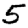
Digit: 5